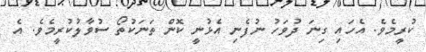
ކުރީމެވެ. އެހައި ގިނަ ދުވަހު ނުފެނި އެޅުނީ ކޮން ތަނަކުތޯ ސުވާލުކުރީމެވެ. އެ